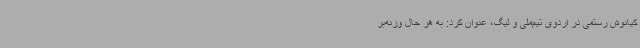
کیانوش رستمی در اردوی تیم‌ملی و لیگ، عنوان کرد: به هر حال وزنه‌بر